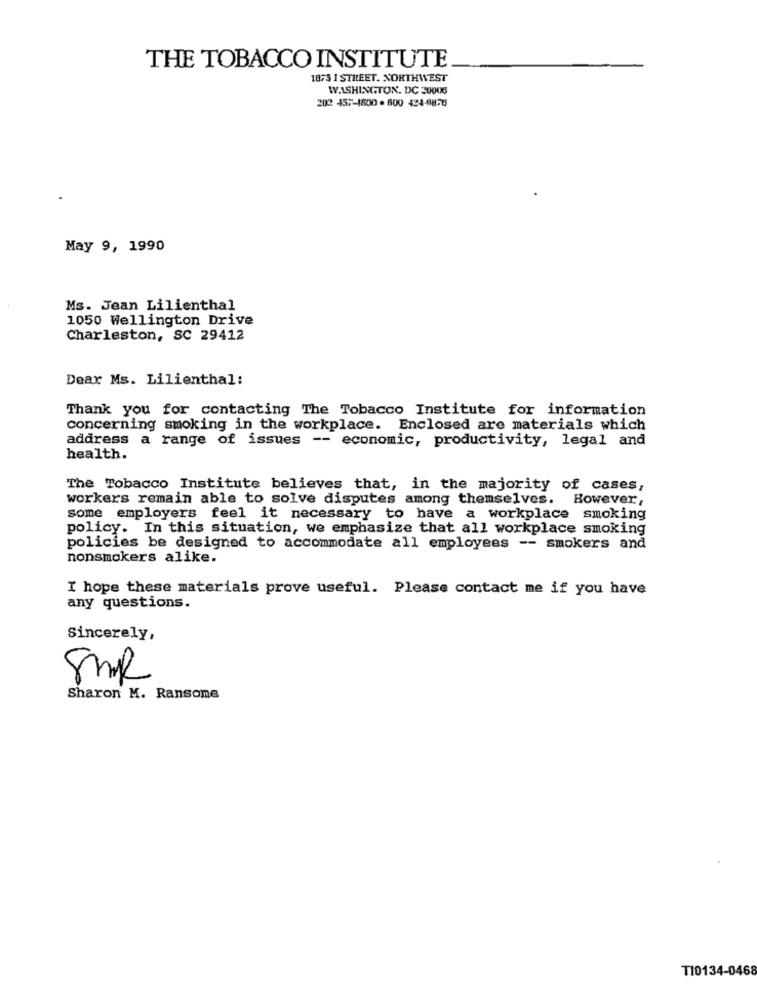
THE TOBACCO INSTITUTE
1875 1 STREET. NORTHWEST
WASHINGTON, DC 20008
202 457-1800 · 800 424-4875
May 9, 1990
Ms. Jean Lilienthal
1050 Wellington Drive
Charleston, SC 29412
Dear Ms. Lilienthal:
Thank you for contacting The Tobacco Institute for information
concerning smoking in the workplace. Enclosed are materials which
address a range of issues -- economic, productivity, legal and
health.
The Tobacco Institute believes that, in the majority of cases,
workers remain able to solve disputes among themselves. However,
Some employers feel it necessary to have a workplace smoking
policy. In this situation, we emphasize that all workplace smoking
policies be designed to accommodate all employees -- smokers and
nonsmokers alike.
I hope these materials prove useful. Please contact me if you have
any questions.
Sincerely,
SMR
Sharon M. Ransome
T10134-0468